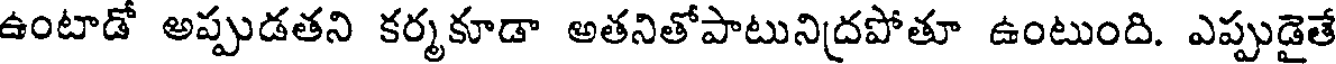
ఉంటాడో అప్పుడతని కర్మకూడా అతనితోపాటునిద్రపోతూ ఉంటుంది. ఎప్పుడైతే